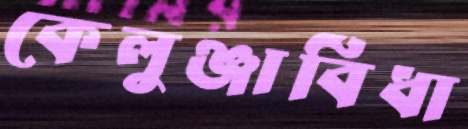
কেলুঞ্জাবিঁধা